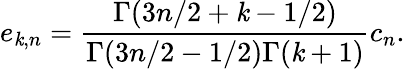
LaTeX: e_{\mathit{k},n}={\frac{{\Gamma(3n/2+\mathit{k}-1/2)}}{{\Gamma(3n/2-1/2)\Gamma(\mathit{k}+1)}}}c_{n}.